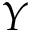
\boldsymbol { Y }